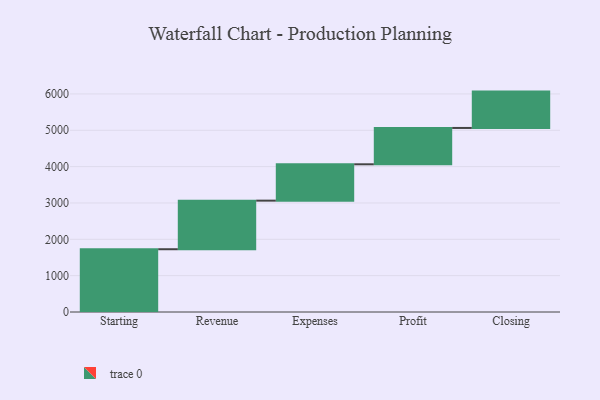
{"axis": {"x": "Step", "y": "Value"}, "legend": [""], "data": [{"x": "Starting", "y": 1727.0, "type": ""}, {"x": "Revenue", "y": 1337.0, "type": ""}, {"x": "Expenses", "y": 1000, "type": ""}, {"x": "Profit", "y": 1000, "type": ""}, {"x": "Closing", "y": 1000, "type": ""}]}